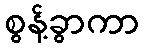
စွန့်ခွာကာ